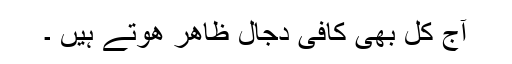
آج كل بھی كافی دجال ظاھر ھوتے ہیں ۔